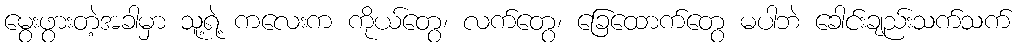
မွေးဖွားတဲ့အခါမှာ သူ့ရဲ့ ကလေးက ကိုယ်တွေ၊ လက်တွေ၊ ခြေထောက်တွေ မပါဘဲ ခေါင်းချည်းသက်သက်